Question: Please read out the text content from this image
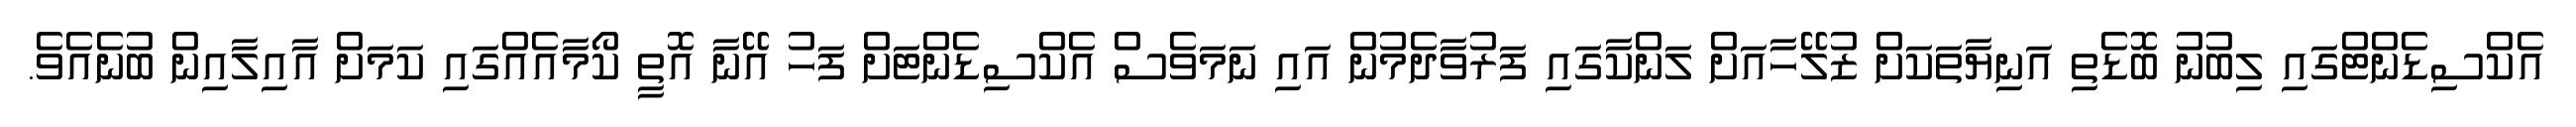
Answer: އެކްސިޑެންޓްގައި ލިބުނު ބޮޑެތި އަނިޔާތަކަށް ޒުލޭހާއަށް ލަންކާގައި ފަރުވާދެމުން އައި ނަމަވެސް އެކްސިޑެންޓަށް ފަހު އޭނާ އޮތީ ކޯމާއެއްގައި ކަމަށް އާއިލާއިން ބުނެއެވެ.